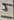
Text: 14